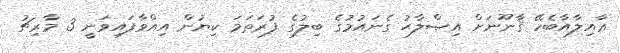
ޢާއިލާއާބެހޭ ޤާނޫނަށް އިޞްލާޙު ގެނައުމުގެ ބިލުގެ ފުރަތަމަ ކިޔުން އިއްވާފައިވަނީ 3 މާރިޗު